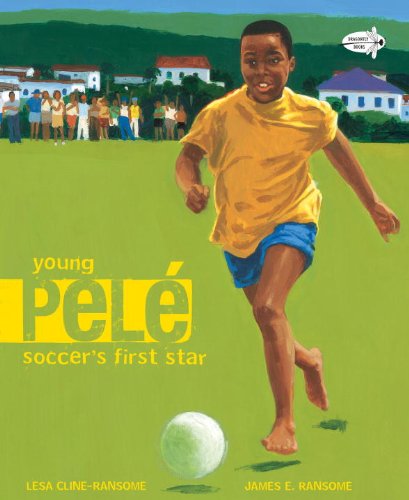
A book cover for Young Pele: Soccer's First Star; Lesa Cline-Ransome; Children's Books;